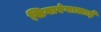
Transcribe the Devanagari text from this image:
सिगारंगालाई